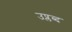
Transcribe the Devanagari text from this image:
उप्लब्द